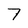
Character: 7